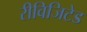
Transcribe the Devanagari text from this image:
रीविजिटेड